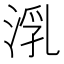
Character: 㳶